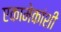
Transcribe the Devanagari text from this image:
एकामेकांशी